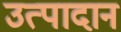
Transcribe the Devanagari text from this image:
उत्पादान